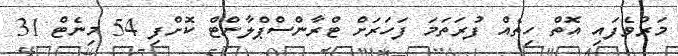
މަރުވެފައި އޮތް ހިތެއް ފުރަތަމަ ފަހަރަށް ޓްރާންސްޕްލާންޓް ކޮށްފި 54 މިނެޓް 31